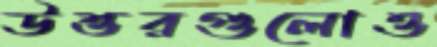
উত্তরগুলোও